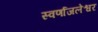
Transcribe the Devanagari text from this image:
स्वर्णाजलेश्वर